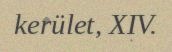
kerület, XIV.